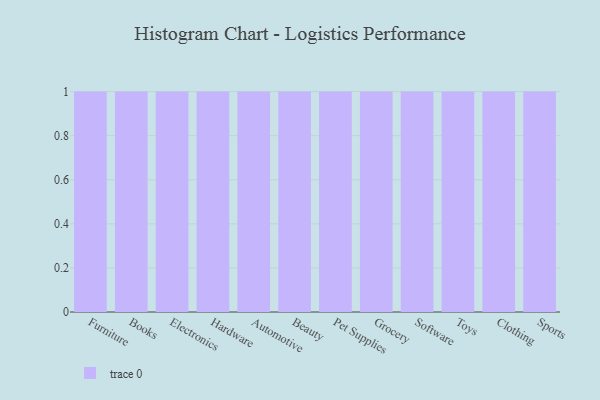
{"axis": {"x": "Category", "y": "Bounce Rate (%)"}, "legend": [""], "data": [{"x": "Furniture", "y": 29, "type": ""}, {"x": "Books", "y": 38, "type": ""}, {"x": "Electronics", "y": 49, "type": ""}, {"x": "Hardware", "y": 16, "type": ""}, {"x": "Automotive", "y": 77, "type": ""}, {"x": "Beauty", "y": 12, "type": ""}, {"x": "Pet Supplies", "y": 64, "type": ""}, {"x": "Grocery", "y": 99, "type": ""}, {"x": "Software", "y": 49, "type": ""}, {"x": "Toys", "y": 4, "type": ""}, {"x": "Clothing", "y": 47, "type": ""}, {"x": "Sports", "y": 12, "type": ""}]}